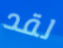
لقد